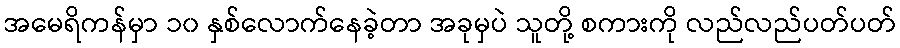
အမေရိကန်မှာ ၁၀ နှစ်လောက်နေခဲ့တာ အခုမှပဲ သူတို့ စကားကို လည်လည်ပတ်ပတ်